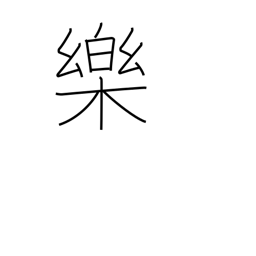
Meaning: comfort